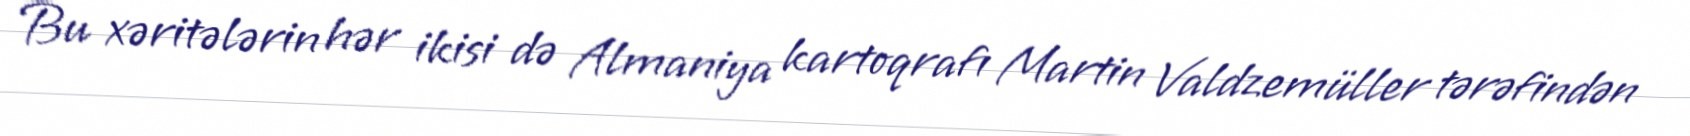
Bu xəritələrin hər ikisi də Almaniya kartoqrafı Martin Valdzemüller tərəfindən